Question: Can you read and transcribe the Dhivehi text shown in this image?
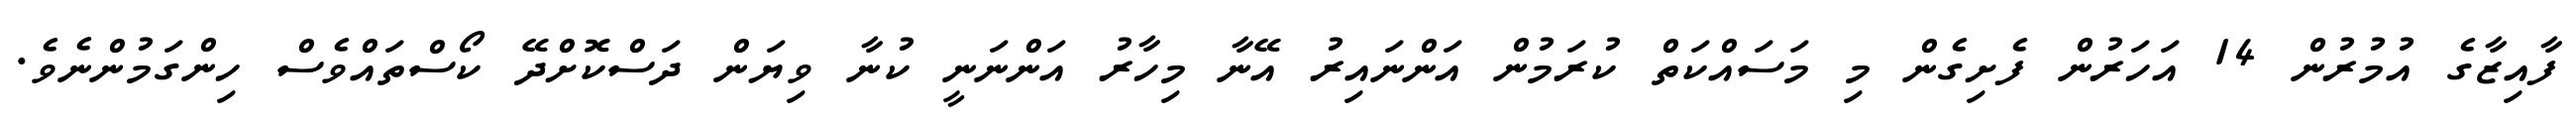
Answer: ފާއިޒާގެ އުމުރުން 14 އަހަރުން ފެށިގެން މި މަސައްކަތް ކުރަމުން އަންނައިރު އޭނާ މިހާރު އަންނަނީ ކުނާ ވިޔަން ދަސްކޮށްދޭ ކޯސްތައްވެސް ހިންގަމުންނެވެ.